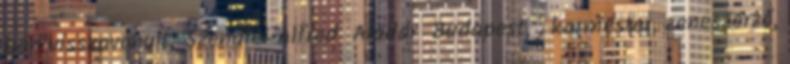
ban visszavonult; Szendrei Alfred Aladár Budapest, , karmester, zeneszerző,